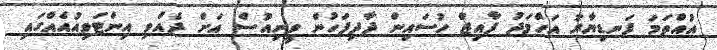
އުއްތަމަ ފަނޑިޔާރު އަހްމަދު ފާއިޒް ހުސައިން ދާދިފަހުން ވީނިއުސް އަށް ދެއްވި އިންޓަވިއުއެއްގައި